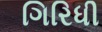
ગિરિધી